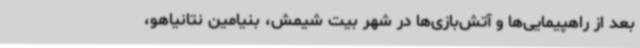
بعد از راهپیمایی‌ها و آتش‌بازی‌ها در شهر بیت شیمش، بنیامین نتانیاهو،